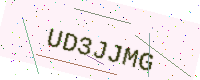
Text: UD3JJMG